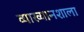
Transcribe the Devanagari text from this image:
व्याख्यानशाला